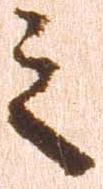
之